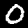
Digit: 0